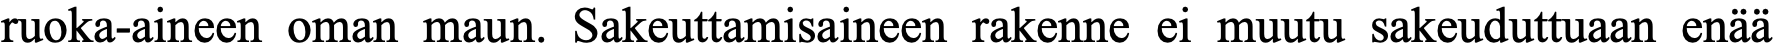
ruoka-aineen oman maun. Sakeuttamisaineen rakenne ei muutu sakeuduttuaan enää